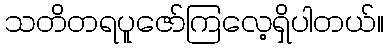
သတိတရပူဇော်ကြလေ့ရှိပါတယ်။